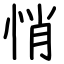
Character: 悄